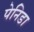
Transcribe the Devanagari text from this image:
पेनिडा